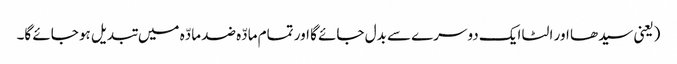
(یعنی سیدھا اور الٹا ایک دوسرے سے بدل جائے گا اور تمام مادّہ ضد مادّہ میں تبدیل ہو جائے گا۔